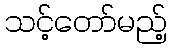
သင့်တော်မည့်